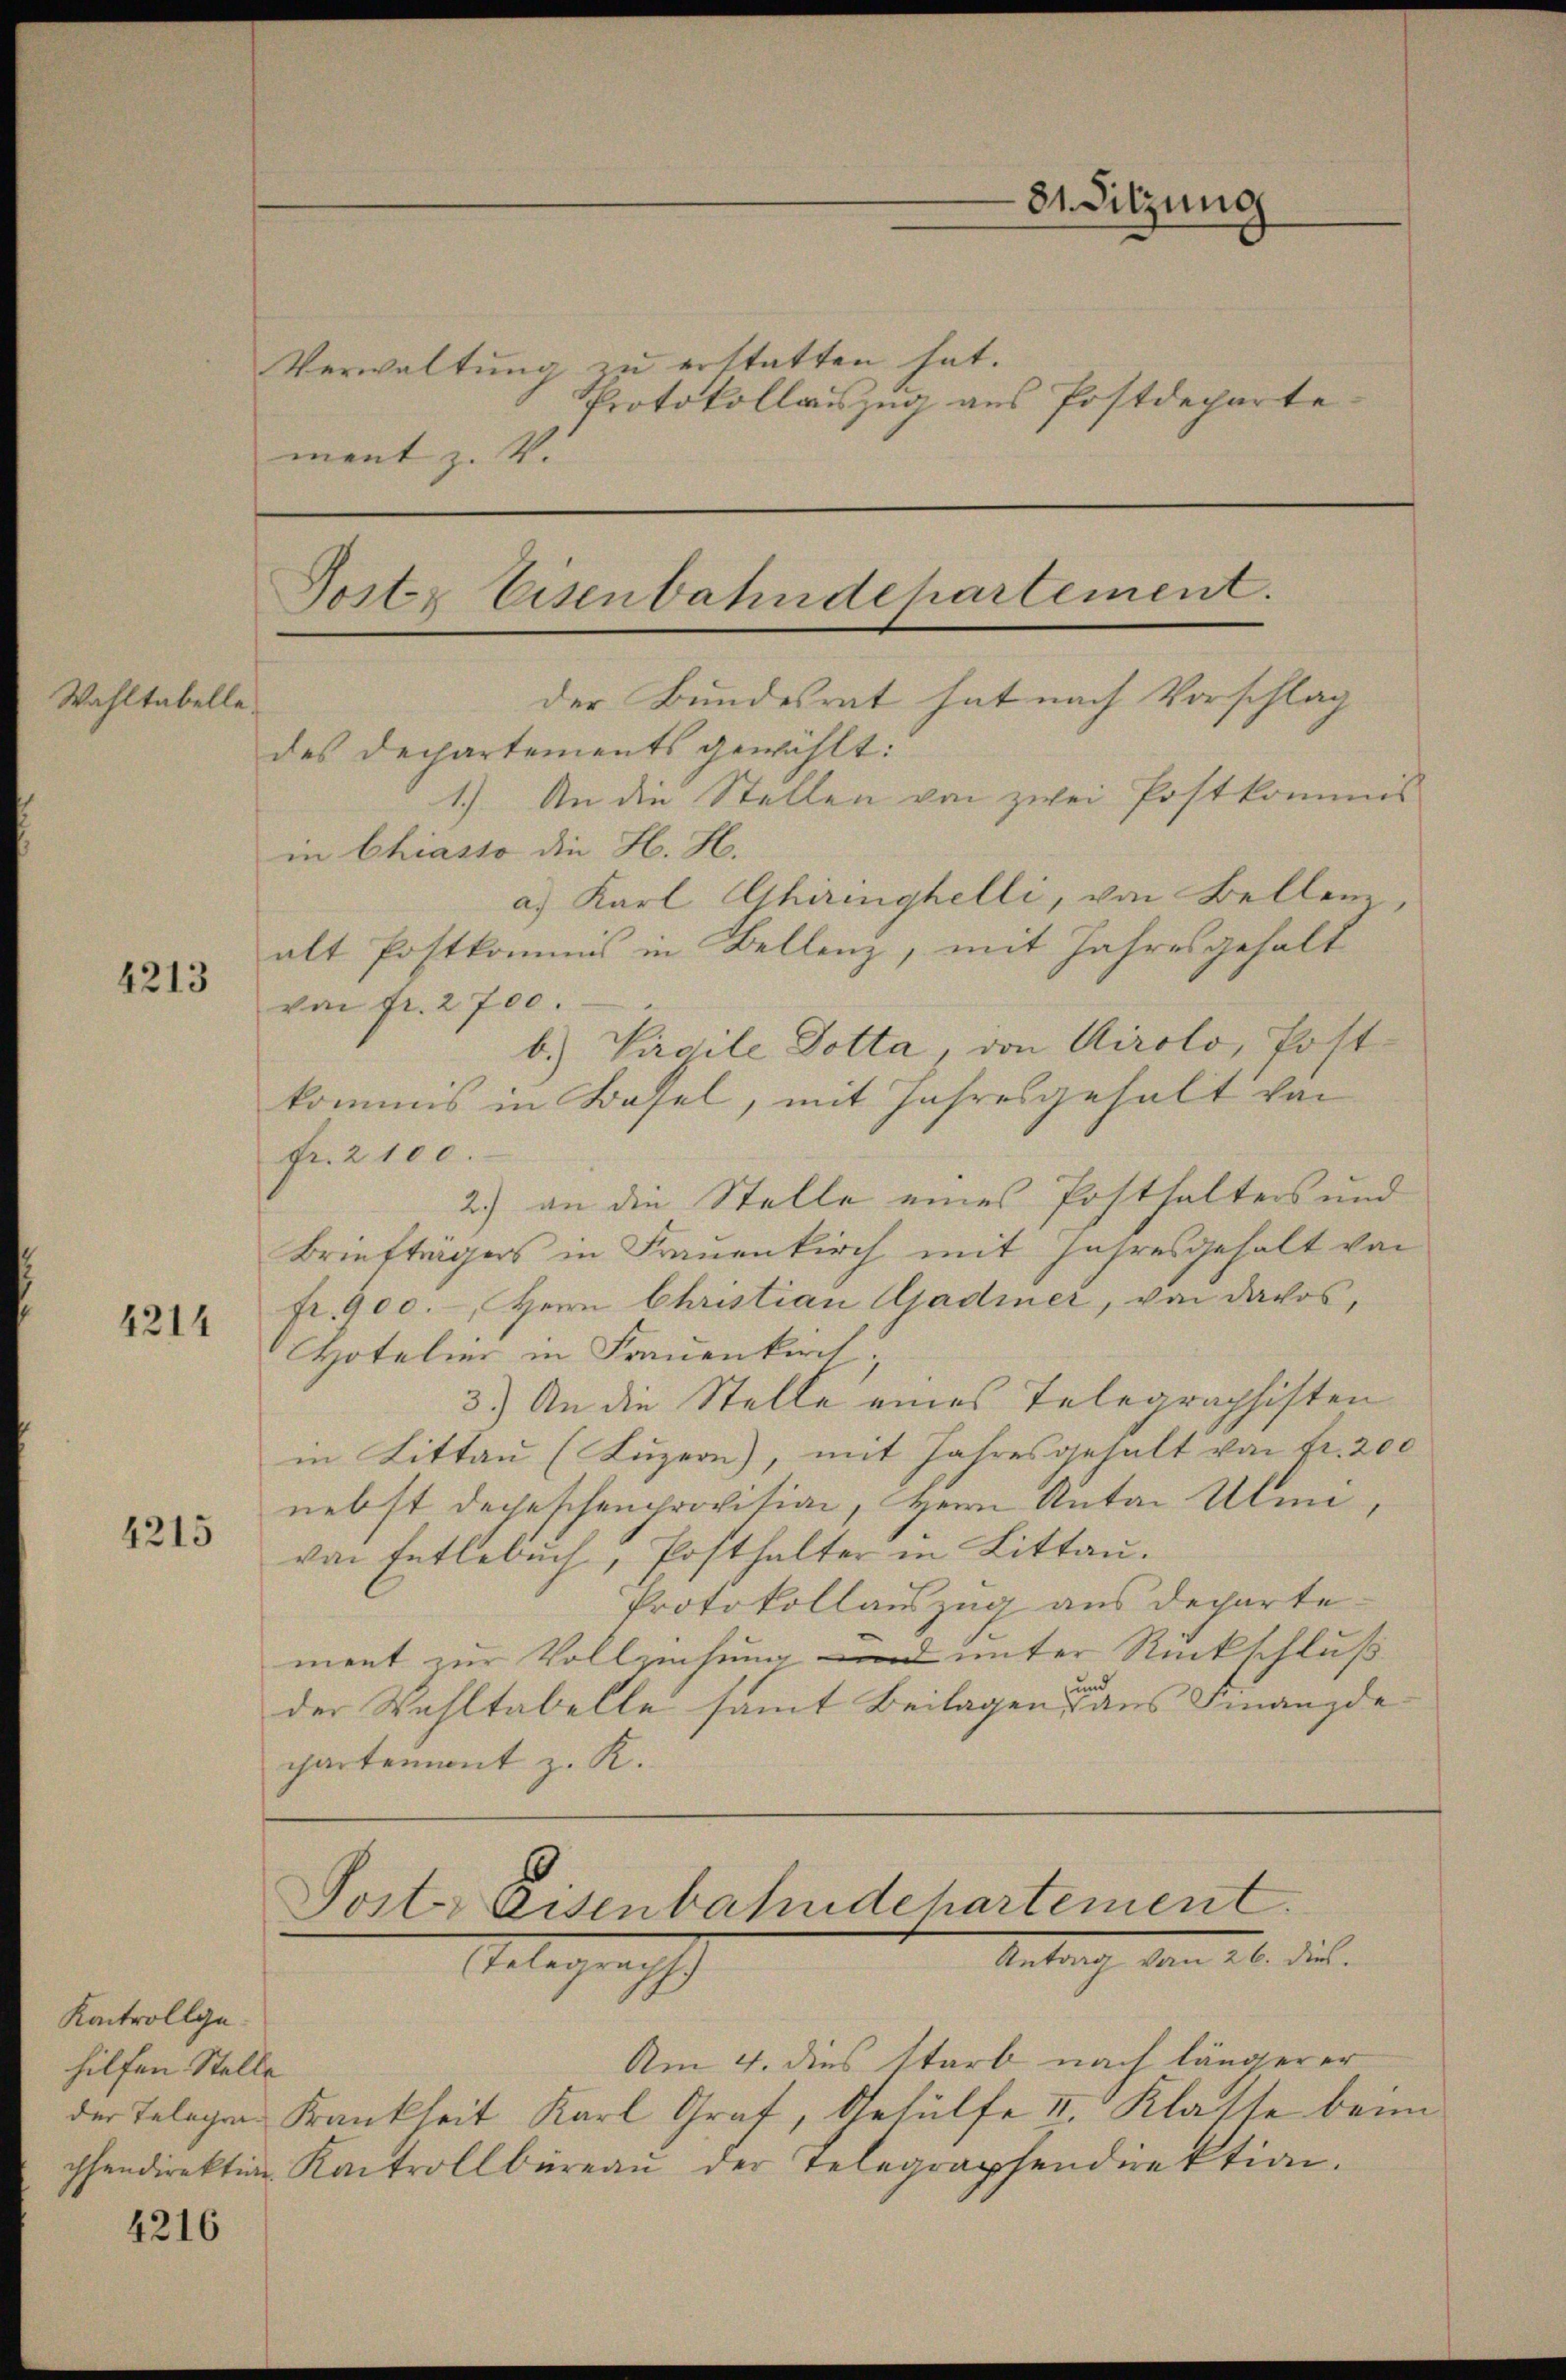
Wahltabelle

4213

4214

4215

Kontrollgehilfen Stelle
der Telegen
chendirektion

4216

Verwaltung zu erstatten hat.
Protokollauszug aus Postdeparte
ment z. V.

81. Sitzung

Tostz Eisenbahndehartement.
der Bundesrat hat nach Vorschlag

a) Karl Ghiringhelli, von Bellenz,

Post Eisenbahndehartement.
Antrach vom 26. dies
Mlegraph

des Departements gewählt:
1.) An die Stellen von zwei Postkommis
in Chiasso die H. H.
alt Postkommis in Bellenz, mit Jahresgehalt
von fr. 2700.
b.) Virgile Dotta, von Airolo, Postkommis in Basel, mit Jahresgehalt von
Fr. 2100.
2.) an die Stelle eines Posthalters und
Briefträgers in Frauenkirch mit Jahresgehalt von
fr. 900.-, Herrn Christian Ajadiner, von davos,
Hotelier in Frauenkirch
3.) An die Stelle eines Telegraphisten
in Littau (Luzern), mit Jahresgehalt von Fr. 200
nebst depeschenprovision, Herrn Anton Ulmivon Entlebuch, Posthalter in Littau.
Protokollauszug aus departe
ment zur Vollziehung und unter Rückschluß
der Wahltabelle samt Beilagen des Finanzde
partement z. K.

Am 4. dies starb nach längerer
Frankheit Karl Graf, Gehülfe II. Klasse beim
Kontrollbüreaŭ der Telegraphendirektion.